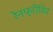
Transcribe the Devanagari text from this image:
रेनफ्रीशिर